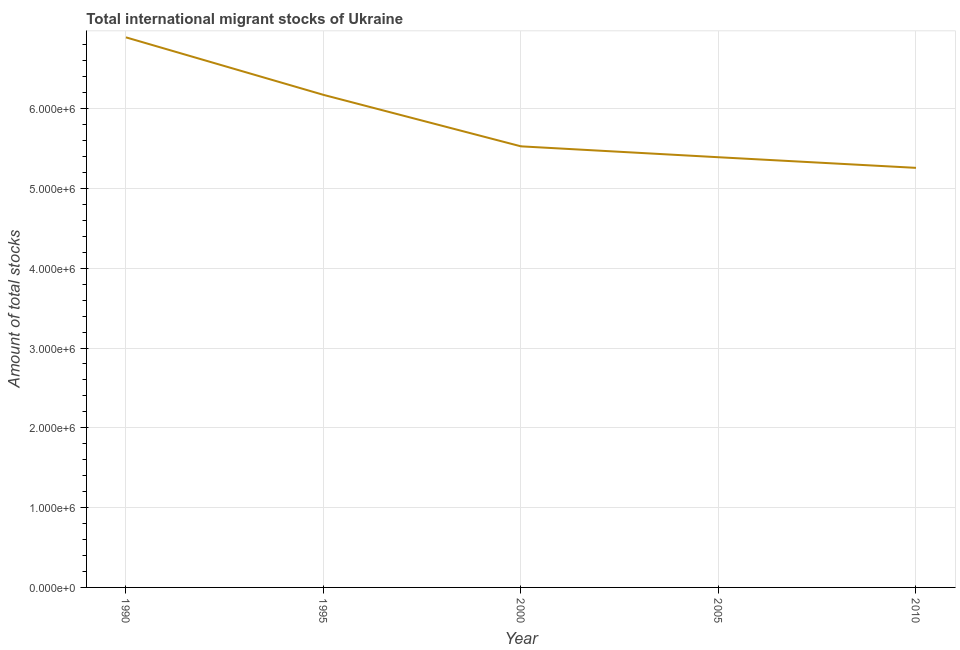
| Year | International migrant stock |
 | --- | --- |
 | 1990 | 6.89e+06 |
 | 1995 | 6.17e+06 |
 | 2000 | 5.53e+06 |
 | 2005 | 5.39e+06 |
 | 2010 | 5.26e+06 |